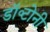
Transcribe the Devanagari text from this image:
डॉ॰टोनी